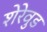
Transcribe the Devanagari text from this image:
शेरेवुड